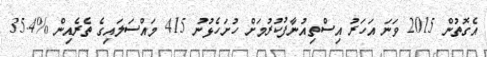
އެގޮތުން 2015 ވަނަ އަހަރު އިސްތިއުނާފުކުރުމަށް ހުށަހެޅުނު 415 މައްސަލައިގެ ތެރެއިން %35.4